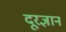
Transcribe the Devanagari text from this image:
दूरज्ञान